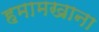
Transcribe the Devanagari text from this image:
हमामखाना